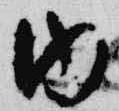
内